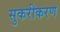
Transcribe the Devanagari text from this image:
सुकरीकरण